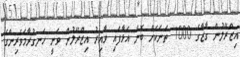
އިޒްރޭލުން ގާޒާގެ 1000 ތަނަކަށް ބޮން އަޅާފައި ވާއިރު އިޒްރޭލުން ވަނީ ހަނގުރާމަވެެރިންގެ